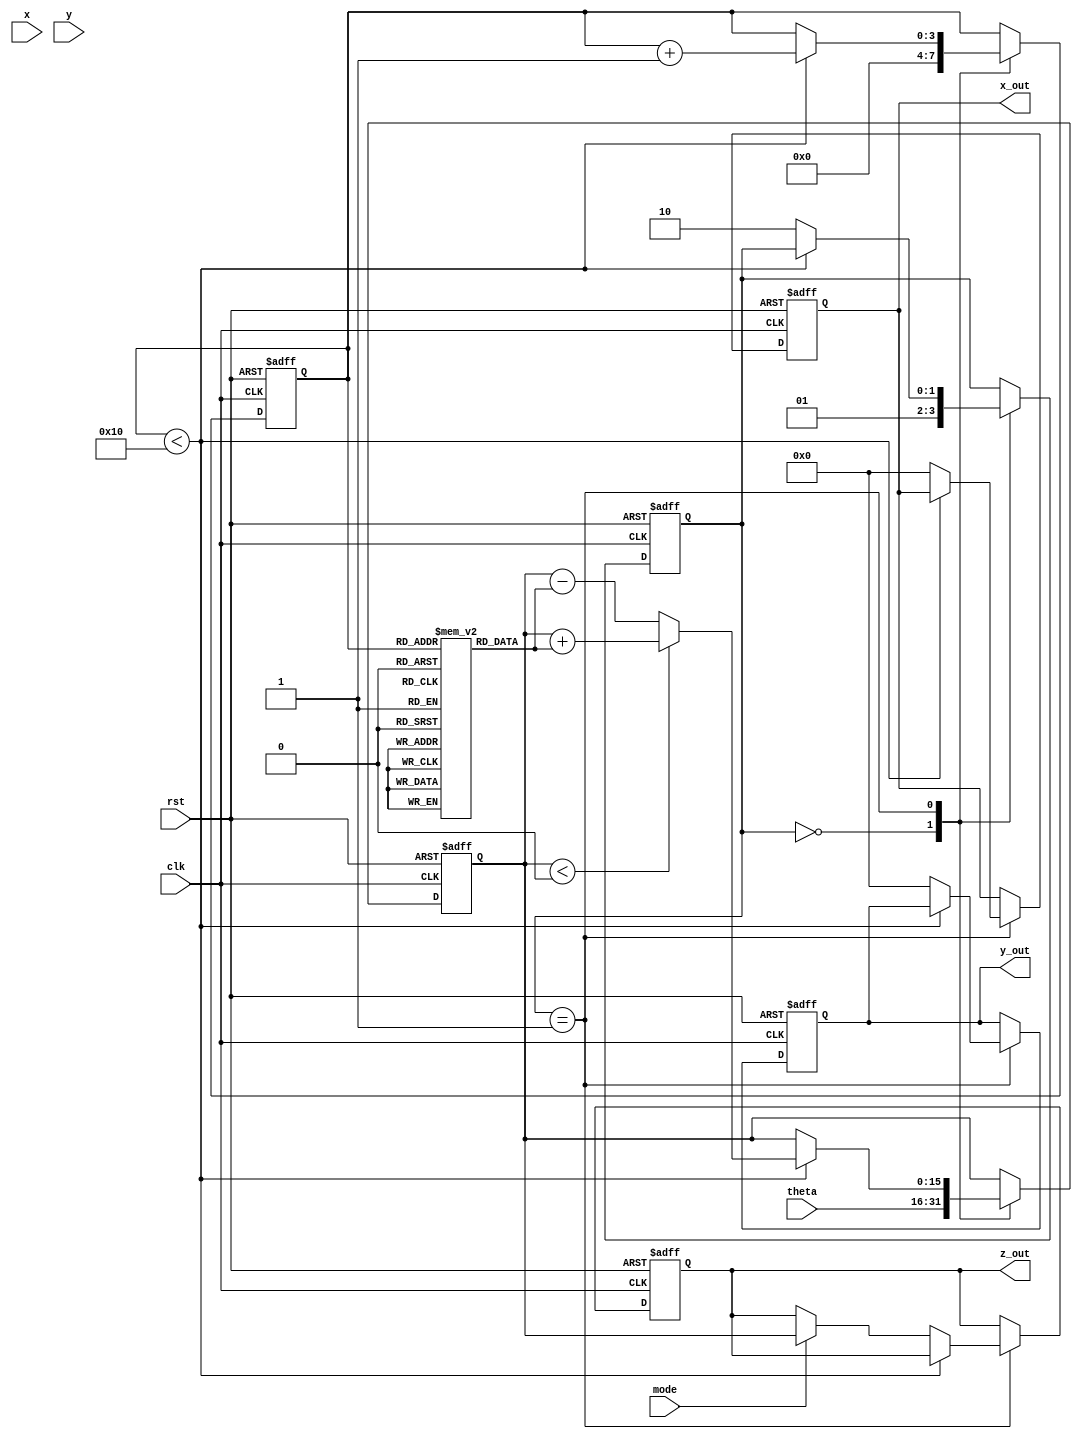
module CORDIC (
    input wire clk,
    input wire rst,
    input wire [15:0] x,        // Fixed-point input x
    input wire [15:0] y,        // Fixed-point input y
    input wire [15:0] theta,     // Fixed-point angle input for rotation
    input wire mode,             // Control signal: 0 for rotation, 1 for vectoring
    output reg [15:0] x_out,     // Fixed-point output x
    output reg [15:0] y_out,     // Fixed-point output y
    output reg [15:0] z_out      // Fixed-point output z (angle or magnitude)
);

    // Internal registers
    reg [15:0] x_reg;
    reg [15:0] y_reg;
    reg [15:0] z_reg;
    
    // Scaling factor (for CORDIC, this is usually a constant)
    parameter K = 16'h26DD; // Approximation of scaling factor (1/K = 0.6072)

    // CORDIC angle table (arctan(2^-i) for i = 0..15)
    reg [15:0] atan_table [0:15];
    
    // State machine for controlling iterations
    reg [3:0] iteration;
    reg [1:0] state; // 0: idle, 1: compute, 2: done
    
    initial begin
        // Initialize arctan values
        atan_table[0] = 16'h2000; // atan(1) = 0.7854 in fixed-point
        atan_table[1] = 16'h1400; // atan(0.5)
        atan_table[2] = 16'h0A00; // atan(0.25)
        atan_table[3] = 16'h0500; // atan(0.125)
        // ... fill in the rest of the atan_table
        // You can compute these values or use pre-computed ones.
    end
    
    // Sequential logic for CORDIC iterations
    always @(posedge clk or posedge rst) begin
        if (rst) begin
            x_reg <= 0;
            y_reg <= 0;
            z_reg <= 0;
            iteration <= 0;
            state <= 0;
            x_out <= 0;
            y_out <= 0;
            z_out <= 0;
        end else begin
            case (state)
                0: begin // Idle state
                    x_reg <= x;
                    y_reg <= y;
                    z_reg <= theta;
                    iteration <= 0;
                    state <= 1; // Go to compute state
                end
                1: begin // Compute state
                    if (iteration < 16) begin
                        if (z_reg < 0) begin
                            // Rotate counter-clockwise
                            x_reg <= x_reg + (y_reg >>> iteration);
                            y_reg <= y_reg - (x_reg >>> iteration);
                            z_reg <= z_reg + atan_table[iteration];
                        end else begin
                            // Rotate clockwise
                            x_reg <= x_reg - (y_reg >>> iteration);
                            y_reg <= y_reg + (x_reg >>> iteration);
                            z_reg <= z_reg - atan_table[iteration];
                        end
                        iteration <= iteration + 1;
                    end else begin
                        // Done with iterations
                        if (mode) begin
                            // Vectoring mode: output magnitude and angle
                            z_out <= z_reg;
                            x_out <= (x_reg * K) >>> 16; // Scale x
                            y_out <= (y_reg * K) >>> 16; // Scale y
                        end else begin
                            // Rotation mode: output coordinates
                            x_out <= (x_reg * K) >>> 16; // Scale x
                            y_out <= (y_reg * K) >>> 16; // Scale y
                        end
                        state <= 2; // Go to done state
                    end
                end
                2: begin // Done state
                    // Keep outputs stable
                    // You can implement a mechanism to go back to idle if needed
                end
            endcase
        end
    end

endmodule